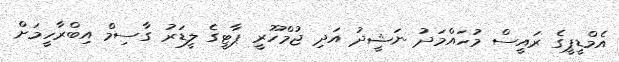
އެމްޑީޕީގެ ރައީސް މުހައްމަދު ނަޝީދު އަދި ޖުމްހޫރީ ޕާޓީގެ ލީޑަރު ގާސިމް އިބްރާހީމަށް